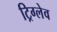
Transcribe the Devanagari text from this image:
ट्रिग्लेव